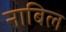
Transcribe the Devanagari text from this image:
नाबिल